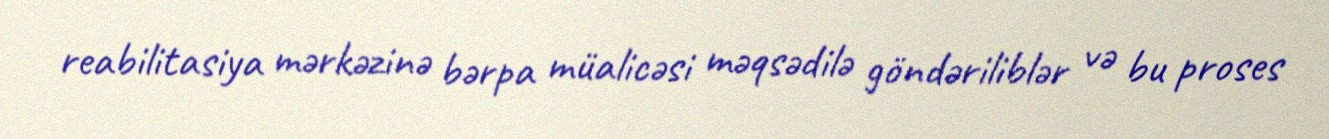
reabilitasiya mərkəzinə bərpa müalicəsi məqsədilə göndəriliblər və bu proses